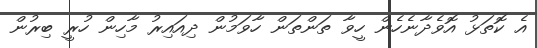
އެ ކޮތަޅު އޮވެދާނެހެން ހީވާ ތަންތަން ހާވަމުން ދިއައިރު މާހިން ހުރީ ބިރުން